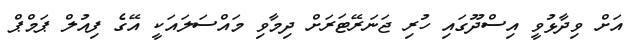
އަށް ވިދާޅުވީ އިސްދޫގައި ހުރި ޖަނަރޭޓަރަށް ދިމާވި މައްސަލައަކީ އޭގެ ފިއުލް ޕަމްޕް